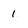
Character: 1